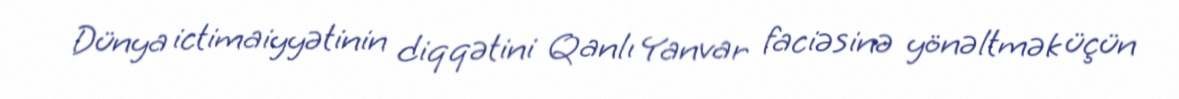
Dünya ictimaiyyətinin diqqətini Qanlı Yanvar faciəsinə yönəltmək üçün